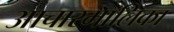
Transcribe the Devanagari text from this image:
आचारमालिका